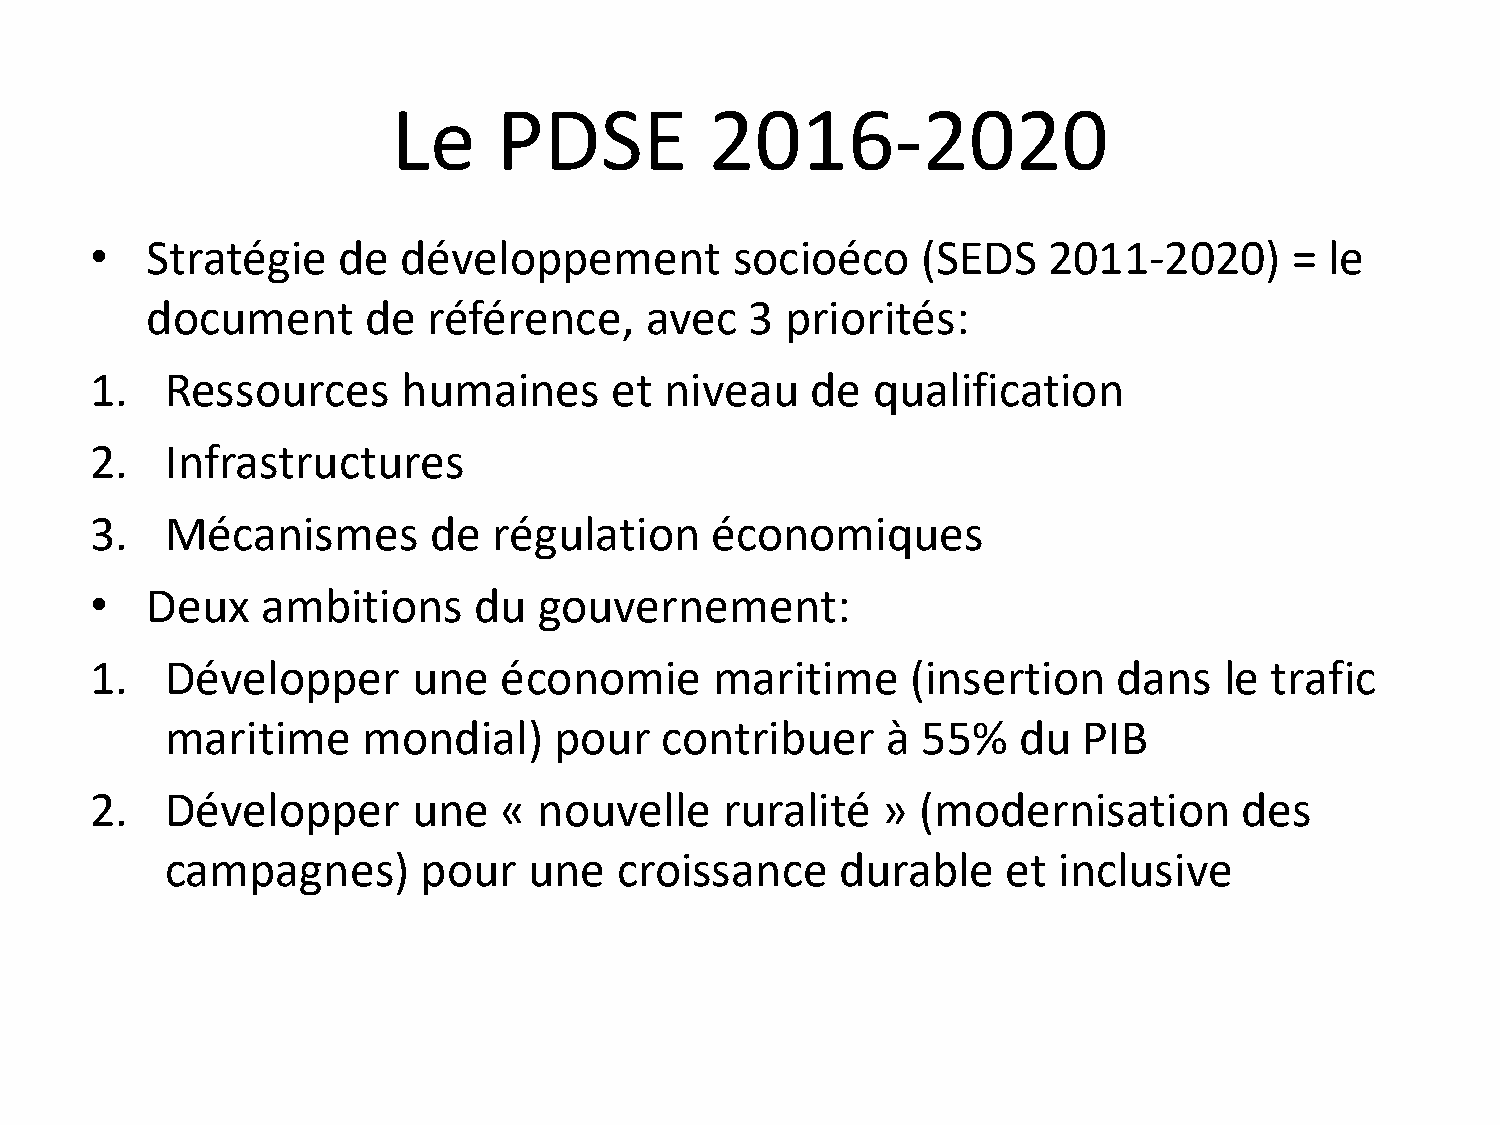
Le     PDSE          2016-2020
 •   Stratégie   de   développement         socioéco    (SEDS   2011-2020)       = le
 document      de  référence,     avec   3 priorités:
 1.   Ressources      humaines     et  niveau    de  qualification
 2.   Infrastructures
 3.   Mécanismes       de   régulation    économiques
 •   Deux   ambitions     du   gouvernement:
 1.   Développer      une   économie      maritime     (insertion    dans   le trafic
 maritime     mondial)     pour   contribuer     à 55%   du   PIB
 2.   Développer      une   «  nouvelle    ruralité  »  (modernisation       des
 campagnes)       pour   une   croissance     durable    et inclusive